Report on the Civil Veterinary Department, Eastern Bengal and Assam - 1907-1911
Year: 1907
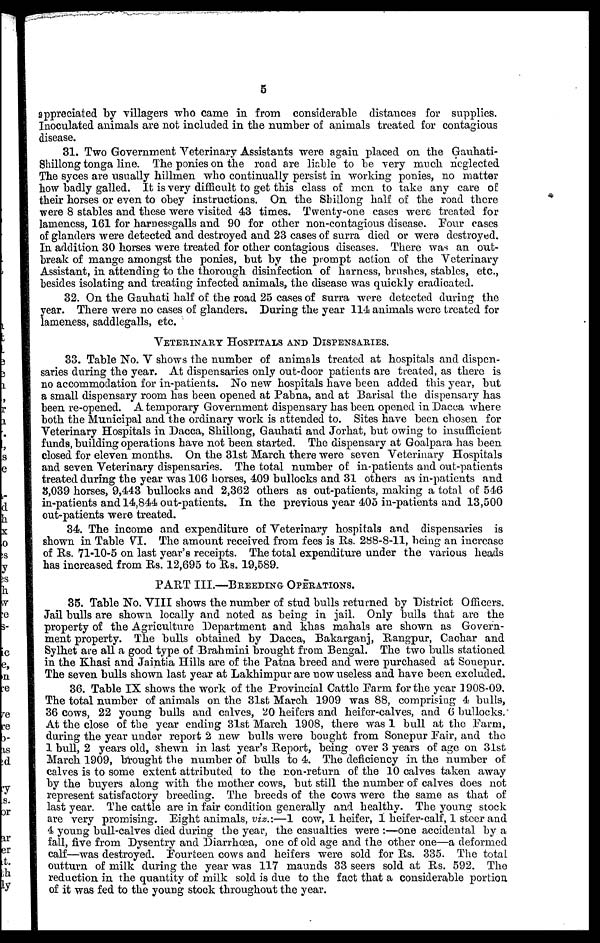
5
appreciated by villagers who came in from considerable distances for supplies.
Inoculated animals are not included in the number of animals treated for contagious
disease.
31. Two Government Veterinary Assistants were again placed on the Gauhati-
Shillong tonga line. The ponies on the road are liable to be very much neglected
The syces are usually hillmen who continually persist in working ponies, no matter
how badly galled. It is very difficult to get this class of men to take any care of
their horses or even to obey instructions. On the Shillong half of the road there
were 8 stables and these were visited 43 times. Twenty-one cases were treated for
lameness, 161 for harnessgalls and 90 for other non-contagious disease. Pour cases
of glanders were detected and destroyed and 23 cases of surra died or were destroyed.
In addition 30 horses were treated for other contagions diseases. There was an out-
break of mange amongst the ponies, but by the prompt action of the Veterinary
Assistant, in attending to the thorough disinfection of harness, brushes, stables, etc.,
besides isolating and treating infected animals, the disease was quickly eradicated.
32. On the Gauhati half of the road 25 cases of surra were detected during the
year. There were no cases of glanders. During the year 114 animals were treated for
lameness, saddlegalls, etc.
VETERINARY HOSPITALS AND DISPENSARIES.
33. Table No. V shows the number of animals treated at hospitals and dispen-
saries during the year. At dispensaries only out-door patients are treated, as there is
no accommodation for in-patients. No new hospitals have been added this year, but
a small dispensary room has been opened at Pabna, and at Barisal the dispensary has
been re-opened. A temporary Government dispensary has been opened in Dacca where
both the Municipal and the ordinary work is attended to. Sites have been chosen for
Veterinary Hospitals in Dacca, Shillong, Gauhati and Jorhat, but owing to insufficient
funds, building operations have not been started. The dispensary at Goalpara has been
closed for eleven months. On the 31st March there were seven Veterinary Hospitals
and seven Veterinary dispensaries. The total number of in-patients and out-patients
treated during the year was 106 horses, 409 bullocks and 31 others as in-patients and
8,039 horses, 9,443 bullocks and 2,362 others as out-patients, making a total of 546
in-patients and 14,844 out-patients. In the previous year 405 in-patients and 13,500
out-patients were treated.
34. The income and expenditure of Veterinary hospitals and dispensaries is
shown in Table VI. The amount received from fees is Rs. 288-8-11, being an increase
of Rs. 71-10-5 on last year's receipts. The total expenditure under the various heads
has increased from Rs. 12,695 to Rs. 19,589.
PART III.—BREEDING OPERATIONS.
35. Table No. VIII shows the number of stud bulls returned by District Officers.
Jail bulls are shown locally and noted as being in jail. Only bulls that are the
property of the Agriculture Department and khas mahals are shown as Govern-
ment property. The bulls obtained by Dacca, Bakarganj, Rangpur, Cachar and
Sylhet are all a good type of Brahmini brought from Bengal. The two bulls stationed
in the Khasi and Jaintia Hills are of the Patna breed and were purchased at Sonepur.
The seven bulls shown last year at Lakhimpur are now useless and have been excluded.
36. Table IX shows the work of the Provincial Cattle Farm for the year 1908-09.
The total number of animals on the 31st March 1909 was 88, comprising 4 bulls,
36 cows, 22 young bulls and calves, 20 heifers and heifer-calves, and 6 bullocks.
At the close of the year ending 31st March 1908, there was 1 bull at the Farm,
during the year under report 2 new bulls were bought from Sonepur Pair, and the
1 bull, 2 years old, shewn in last year's Report, being over 3 years of age on 31st
March 1909, brought the number of bulls to 4. The deficiency in the number of
calves is to some extent attributed to the non-return of the 10 calves taken away
by the buyers along with the mother cows, but still the number of calves does not
represent satisfactory breeding. The breeds of the cows were the same as that of
last year. The cattle are in fair condition generally and healthy. The young stock
are very promising. Eight animals, viz.:—1 cow, 1 heifer, 1 heifer-calf, 1 steer and
4 young bull-calves died during the year, the casualties were :—one accidental by a
fall, five from Dysentry and Diarrhæa, one of old age and the other one—a deformed
calf—was destroyed. Fourteen cows and heifers were sold for Rs. 335. The total.
outturn of milk during the year was 117 maunds 33 seers sold at Rs. 592. The
reduction in the quantity of milk sold is clue to the fact that a considerable portion
of it was fed to the young stock throughout the year.